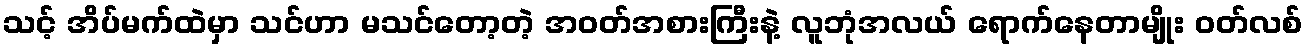
သင့် အိပ်မက်ထဲမှာ သင်ဟာ မသင်တော့တဲ့ အဝတ်အစားကြီးနဲ့ လူဘုံအလယ် ရောက်နေတာမျိုး ဝတ်လစ်